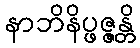
နာဘိနိပ္ဖဇ္ဇန္တိ